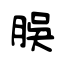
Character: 脵